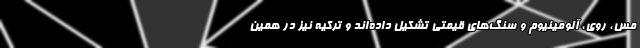
مس، روی، آلومینیوم و سنگ‌های قیمتی تشکیل داده‌اند و ترکیه نیز در همین